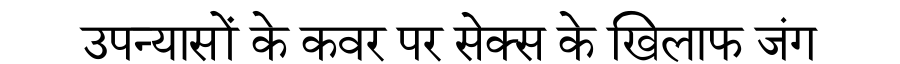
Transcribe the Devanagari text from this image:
उपन्यासों के कवर पर सेक्स के खिलाफ जंग